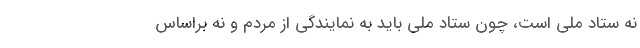
نه ستاد ملی است، چون ستاد ملی باید به نمایندگی از مردم و نه براساس